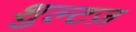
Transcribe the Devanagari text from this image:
शुल्टज़